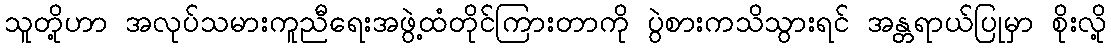
သူတို့ဟာ အလုပ်သမားကူညီရေးအဖွဲ့ထံတိုင်ကြားတာကို ပွဲစားကသိသွားရင် အန္တရာယ်ပြုမှာ စိုးလို့